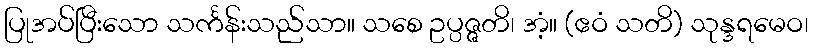
ပြုအပ်ပြီးသော သင်္ကန်းသည်သာ။ သစေ ဥပ္ပဇ္ဇတိ၊ အံ့။ (ဧဝံ သတိ) သုန္ဒရမေဝ၊